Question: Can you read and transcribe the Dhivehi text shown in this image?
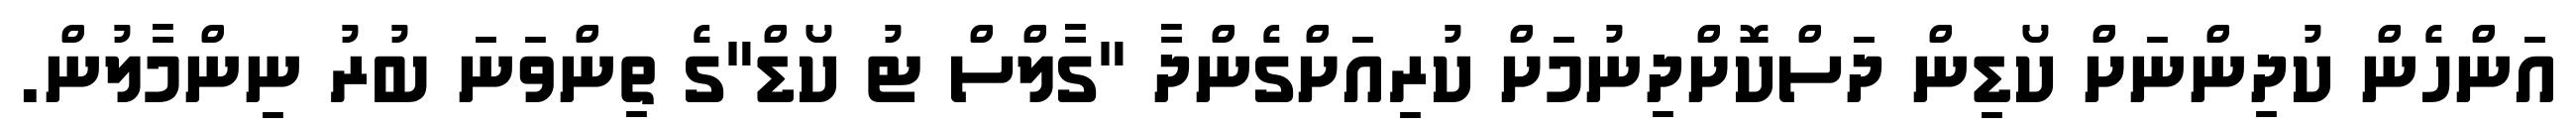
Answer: އަންހެން ކުދިންނަށް ކޯޑިން ދަސްކޮށްދިނުމަށް ކުރިއަށްގެންދާ "ގާލްސް ޓު ކޯޑް"ގެ ތިންވަނަ ބުރު ނިންމާލުން.